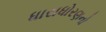
ધારાધોરણનો